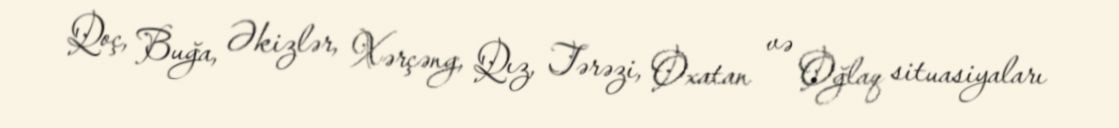
Qoç, Buğa, Əkizlər, Xərçəng, Qız, Tərəzi, Oxatan və Oğlaq situasiyaları